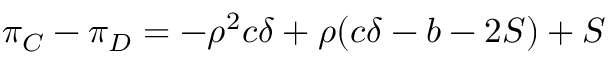
\pi _ { C } - \pi _ { D } = - \rho ^ { 2 } c \delta + \rho ( c \delta - b - 2 S ) + S